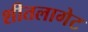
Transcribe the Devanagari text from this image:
शीतलागेट